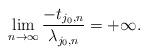
LaTeX: \begin{align*} \lim_{n\to\infty} \frac{-t_{j_0,n}}{\lambda_{j_0,n}}=+\infty.\end{align*}